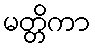
မတ္တိကာ